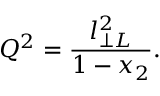
Q ^ { 2 } = \frac { l _ { \perp L } ^ { 2 } } { 1 - x _ { 2 } } .